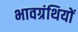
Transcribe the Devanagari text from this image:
भावग्रंथियों